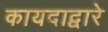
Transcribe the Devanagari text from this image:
कायदाद्वारे